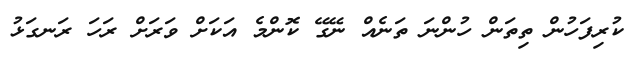
ކުރިފަހުން ތިތަން ހުންނަ ތަނެއް ނޭގޭ ކޮންމެ އަކަށް ވަރަށް ރަހަ ރަނގަޅު